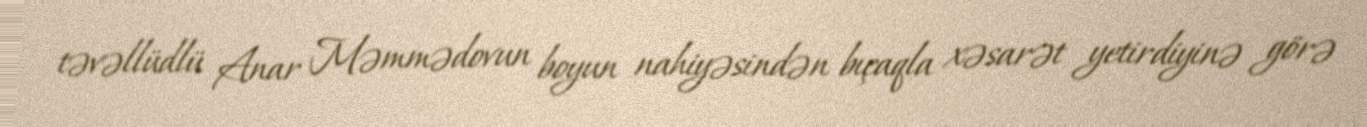
təvəllüdlü Anar Məmmədovun boyun nahiyəsindən bıçaqla xəsarət yetirdiyinə görə